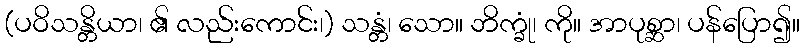
(ပဝိသန္တိယာ၊ ၏ လည်းကောင်း၊) သန္တံ၊ သော။ ဘိက္ခုံ၊ ကို။ အာပုစ္ဆာ၊ ပန်ပြော၍။